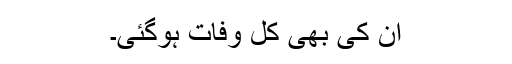
ان کی بھی کل وفات ہوگئی۔